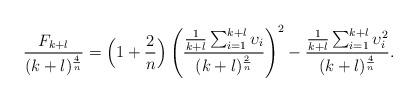
LaTeX: \begin{align*}\frac{F_{k+l}}{(k+l)^{\frac{4}{n}}}=\Big(1+\frac{2}{n}\Big)\left(\frac{\frac{1}{k+l}\sum_{i=1}^{k+l}\upsilon_i}{(k+l)^{\frac{2}{n}}}\right)^2-\frac{\frac{1}{k+l}\sum_{i=1}^{k+l}\upsilon_i^2}{(k+l)^{\frac{4}{n}}}.\end{align*}